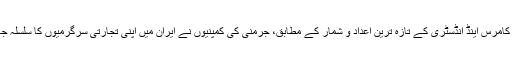
جرمن چیمبر آف کامرس اینڈ انڈسٹری کے تازہ ترین اعداد و شمار کے مطابق، جرمنی کی کمپنیوں نے ایران میں اپنی تجارتی سرگرمیوں کا سلسلہ جاری رکھ دیا ہے۔